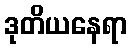
ဒုတိယနေရာ